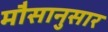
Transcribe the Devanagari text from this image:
मौसानुसार